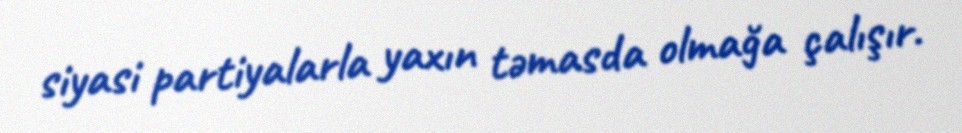
siyasi partiyalarla yaxın təmasda olmağa çalışır.